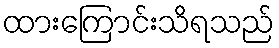
ထားကြောင်းသိရသည်